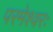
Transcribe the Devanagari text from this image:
परमेश्वरः